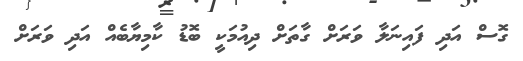
ގޮސް އަދި ފައިނަލާ ވަރަށް ގާތަށް ދިއުމަކީ ބޮޑު ކާމިޔާބެއް އަދި ވަރަށް